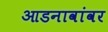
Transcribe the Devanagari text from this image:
आडनावांवर